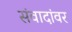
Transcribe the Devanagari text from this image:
संवादांवर